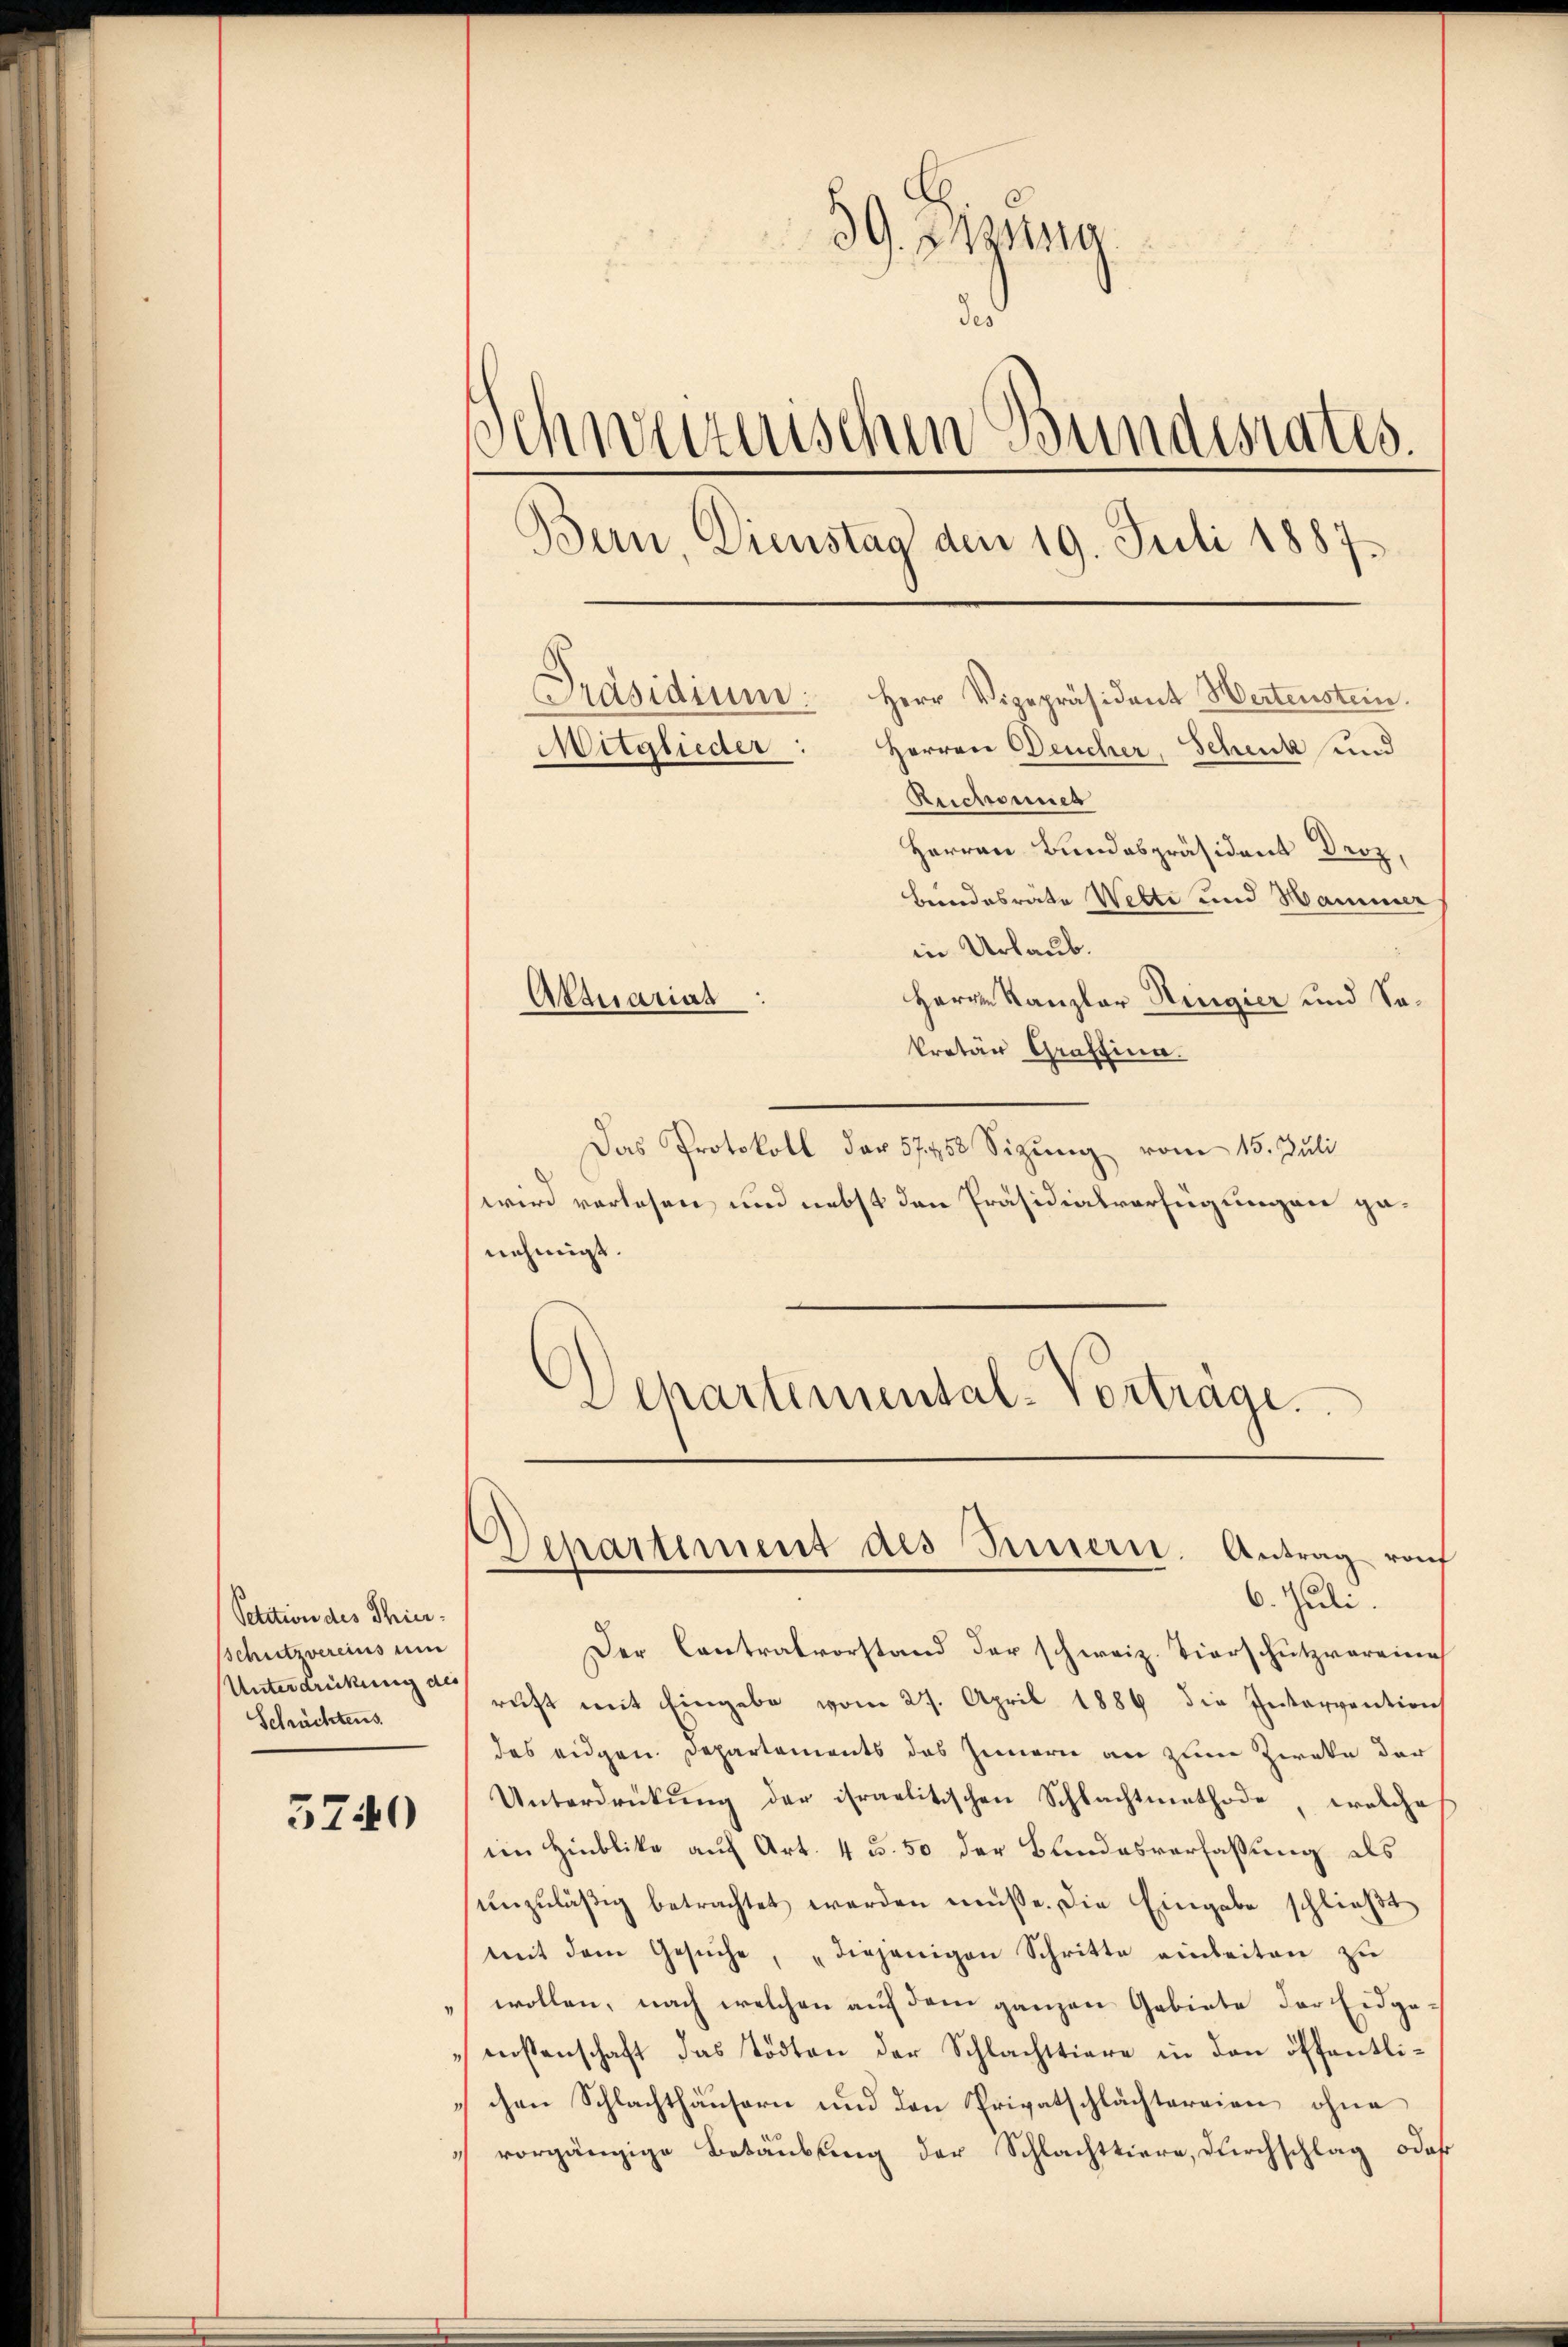
Petition des Thier¬
Schutzvereins um
Unterdrückung des
Schüchtens

3740

39. Zuna
u
des
Schweizerischen Bundesrates.
Bern, Dienstag den 19. Juli 1887.
Präsidium:
Herr Vizepräsident Wertenstein.
Mitglieder: Herren Deucher, Schenk und
Reichensch

Herren Bundespräsident Droz,
Bundesräte Wette und Hammer
in Urlaub.
Herrn Kanzler Hingier und Sokretär Graffinn.
Das Protokoll der 57458 Sizŭng vom 15. Juli
wird verlesen, und nebst den Präsidialverfügungen genehmigt.
Departemental-Vorträge.

Aktuariat

6. Juli.
Der Contralvorstand der schweiz. Tierschutzvoreine
ruft mit Eingabe vom 27. April 1886 die Intervention
des eidgen. Departements das Innern an zum Zweke der
Unterdrückung der israelitischen Schlachtmethode, welche
im Hinblike auf Art. 4 u. 50 der Bundesverfassung als
ŭnzuläßig betrachtet werden müsse. Die Eingabe schlieβt
mit dem Gesŭche, „diejenigen Schritte einbeiten zu
wollen, nach welchen auf dem ganzen Gebiete der Eidgemeistenschaft das tödten der Schlachttiere in den öffentlichen Schlachthäusern und den Privatschlächtereien ohne
vorgängige Betäubung der Schlachttiere, durchschlag, odaß

Departement des Innern. Antrag von